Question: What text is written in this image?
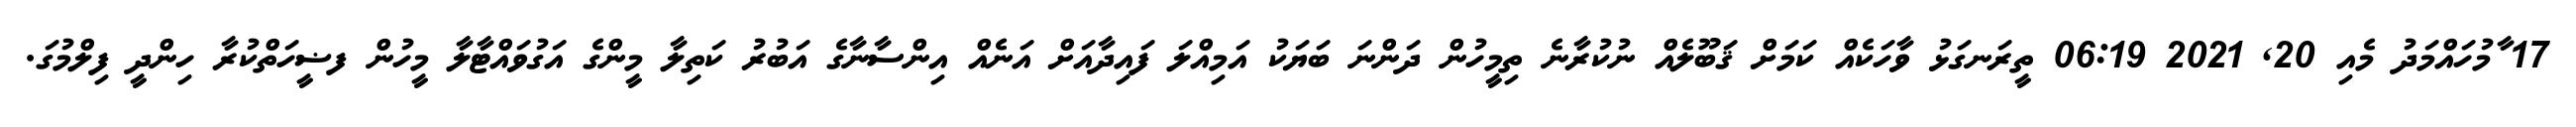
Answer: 17 ާމުހައްމަދު މެއި 20, 2021 06:19 ތީރަނގަޅު ވާހަކެއް ކަމަށް ޤަބޫލެއް ނުކުރާނެ ތިމީހުން ދަންނަ ބަޔަކު އަމިއްލަ ފައިދާއަށް އަނެއް އިންސާނާގެ އަބުރު ކަތިލާ މީންގެ އަގުވައްޓާލާ މީހުން ފޟީހަތްކުރާ ހިންދީ ފިލްމުގަ.